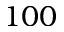
1 0 0